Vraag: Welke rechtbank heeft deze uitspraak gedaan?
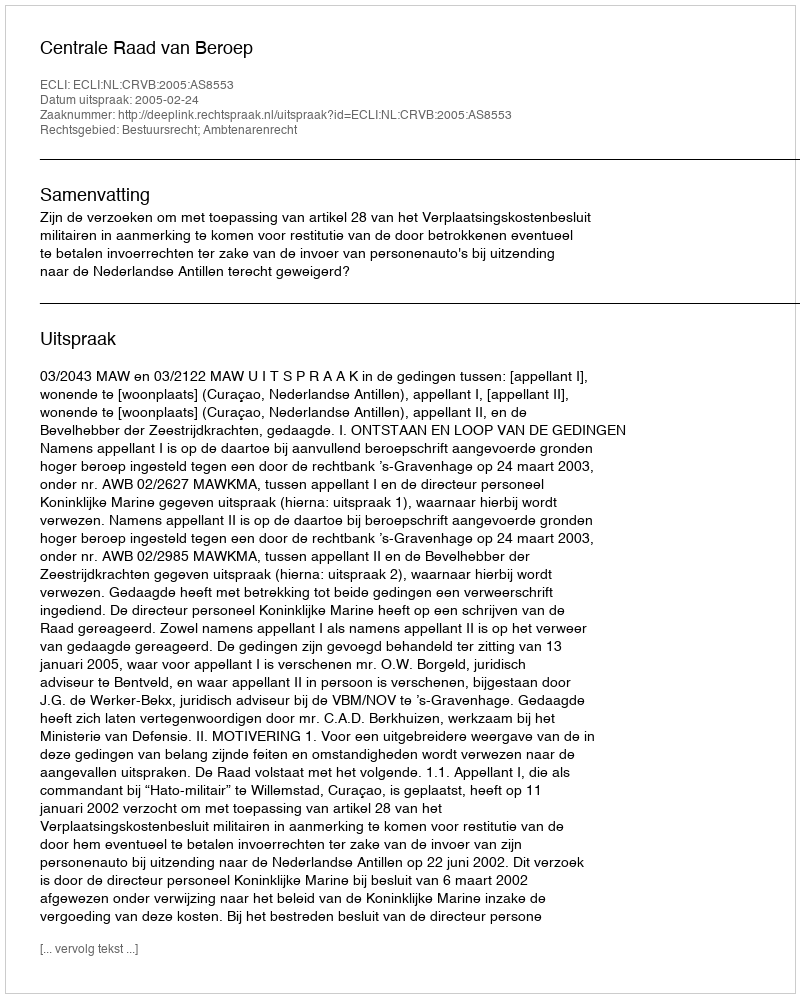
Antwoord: Centrale Raad van Beroep